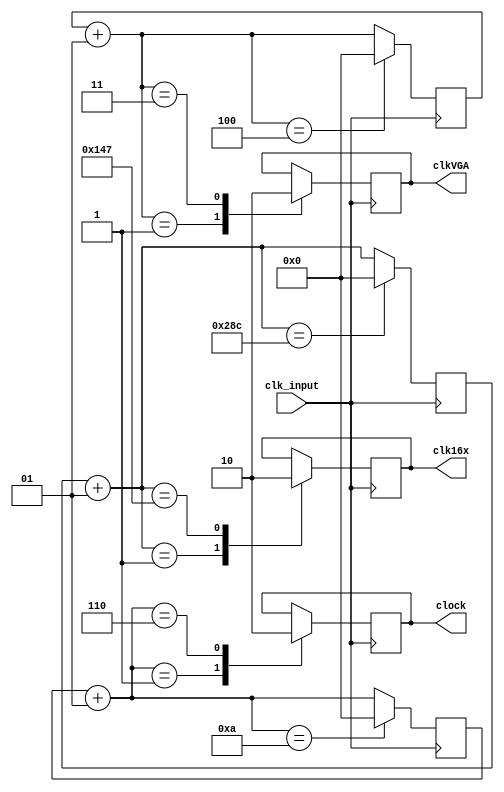
`timescale 1ns / 1ps
//////////////////////////////////////////////////////////////////////////////////
// Company: 
// Engineer: 
// 
// Design Name: 
// Module Name:    fenpinqi 
// Project Name: 
// Target Devices: 
// Tool versions: 
// Description: 
//
// Dependencies: 
//
// Revision: 
// Revision 0.01 - File Created
// Additional Comments: 
//
//////////////////////////////////////////////////////////////////////////////////
module fenpinqi(
		input clk_input,
		output reg clock,
		output reg clk16x,
		output reg clkVGA
    );
	 
	 integer counter = 0;
	 always @(posedge clk_input) begin
		counter = counter+1;
		case(counter)
			1:clock = 1;
			6:clock = 0;
			10:counter = 0;
		endcase
	 end
	 
	 integer cnt_16x = 0;
	 always @(posedge clk_input) begin
		cnt_16x = cnt_16x+1;
		case(cnt_16x)
			1:clk16x = 1;
			327:clk16x = 0;
			652:cnt_16x = 0;
		endcase
	 end
	 
	 integer cnt_VGA = 0;
	 always @(posedge clk_input) begin
		cnt_VGA = cnt_VGA+1;
		case(cnt_VGA)
			1:clkVGA = 1;
			3:clkVGA = 0;
			4:cnt_VGA = 0;
		endcase
	 end

endmodule